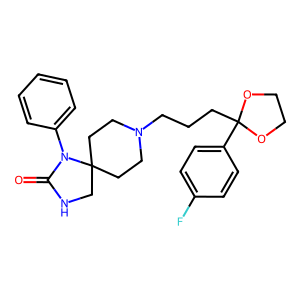
SMILES: O=C1NCC2(CCN(CCCC3(c4ccc(F)cc4)OCCO3)CC2)N1c1ccccc1
Inhibits HIV replication: No